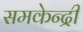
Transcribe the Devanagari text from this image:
समकेन्द्री